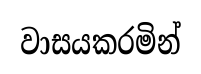
වාසයකරමින්